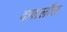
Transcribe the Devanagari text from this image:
दावालौस